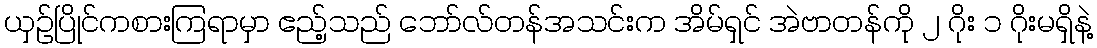
ယှဉ်ပြိုင်ကစားကြရာမှာ ဧည့်သည် ဘော်လ်တန်အသင်းက အိမ်ရှင် အဲဗာတန်ကို ၂ ဂိုး ၁ ဂိုးမရှိနဲ့